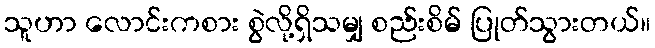
သူဟာ လောင်းကစား စွဲလို့ရှိသမျှ စည်းစိမ် ပြုတ်သွားတယ်။